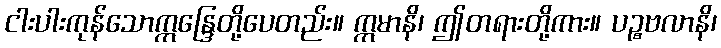
ငါးပါးကုန်သောဣန္ဒြေတို့ပေတည်း။ ဣမာနိ၊ ဤတရားတို့ကား။ ပဉ္စဗလာနိ၊